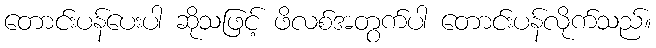
တောင်းပန်ပေးပါ ဆိုသဖြင့် ဖိလစ်အတွက်ပါ တောင်းပန်လိုက်သည်။